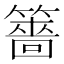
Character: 䉢